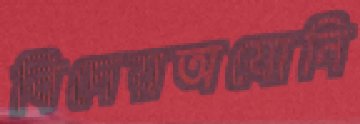
বিদেয়অযোনি